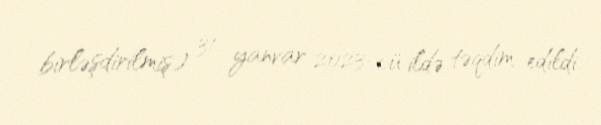
birləşdirilmiş) 31 yanvar 2023-cü ildə təqdim edildi.